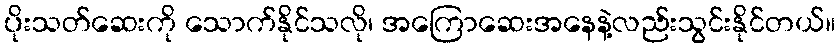
ပိုးသတ်ဆေးကို သောက်နိုင်သလို၊ အကြောဆေးအနေနဲ့လည်းသွင်းနိုင်တယ်။